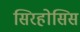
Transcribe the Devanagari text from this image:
सिरहोसिस